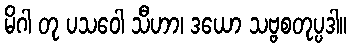
မိဂါ တု ပသဝေါ သီဟာ၊ ဒယော သဗ္ဗစတုပ္ပဒါ။